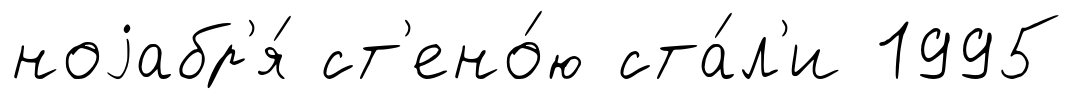
ноjабр'я́ ст'ено́ю ста́л'и 1995